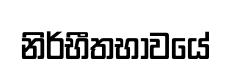
නිර්භීතභාවයේ